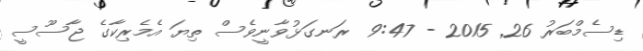
ޑިސެމްބަރު 26